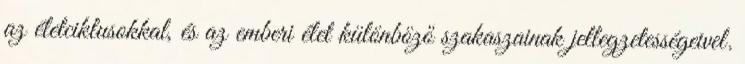
az életciklusokkal, és az emberi élet különböző szakaszainak jellegzetességeivel.